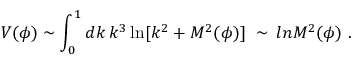
V ( \phi ) \sim \int _ { 0 } ^ { 1 } d k \, k ^ { 3 } \ln [ k ^ { 2 } + M ^ { 2 } ( \phi ) ] \ \sim \, l n M ^ { 2 } ( \phi ) \ .